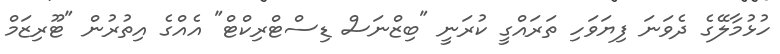
ހުޅުމާލޭގެ ދެވަނަ ފިޔަވަހި ތަރައްގީ ކުރަނީ "ބިޒްނަސް ޑިސްޓްރިކްޓް" އެއްގެ އިތުރުން "ޓޫރިޒަމް